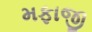
મફાજી